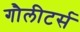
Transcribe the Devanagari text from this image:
गौलीटर्स